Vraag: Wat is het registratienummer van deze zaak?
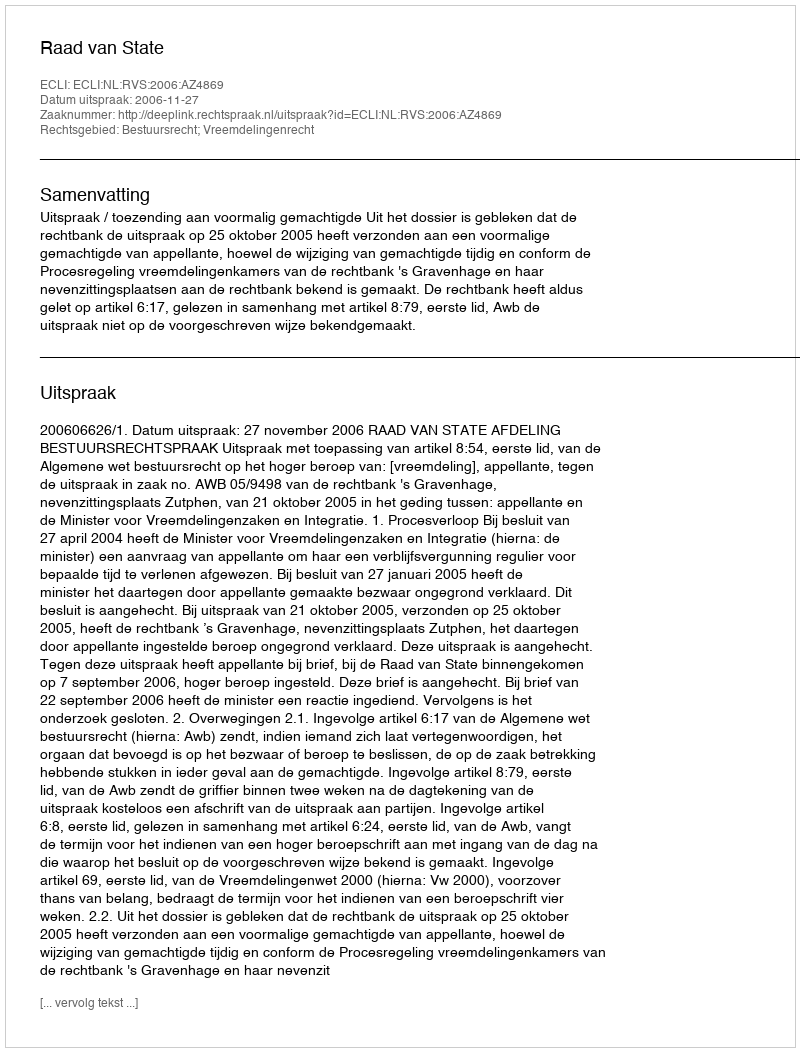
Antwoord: http://deeplink.rechtspraak.nl/uitspraak?id=ECLI:NL:RVS:2006:AZ4869